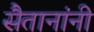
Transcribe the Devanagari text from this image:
सैतानांनी